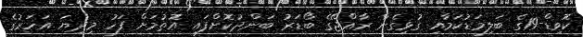
ކޮވިޑް-19ގެ ބަލިމަޑުކަމާއި ގުޅިގެން ރާއްޖޭގެ ބޯޑަރު ބަންދުކޮށްފައި އޮތުމަށް ފަހު މިދިޔަ އަހަރުގެ